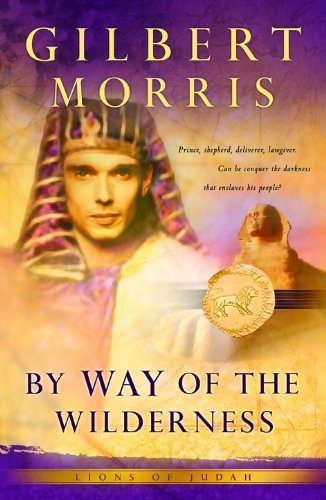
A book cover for By Way of the Wilderness (Lions of Judah Series #5); Gilbert Morris; Christian Books & Bibles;